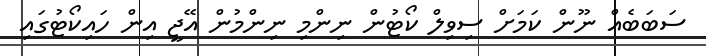
ސަބަބެއް ނޫން ކަމަށް ސިވިލް ކޯޓުން ނިންމި ނިންމުން އޭޖީ އިން ހައިކޯޓުގައި